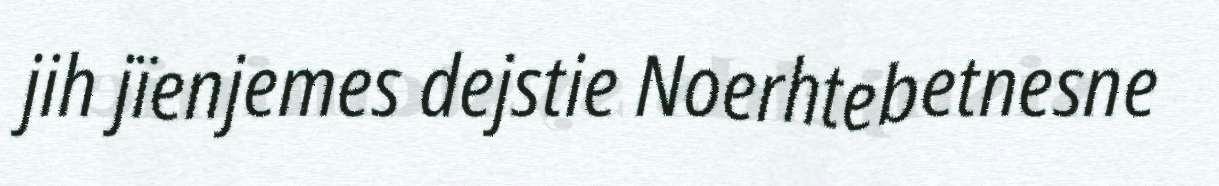
jih jïenjemes dejstie Noerhtebetnesne